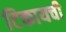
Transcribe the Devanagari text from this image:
टिकायची